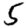
Digit: 5